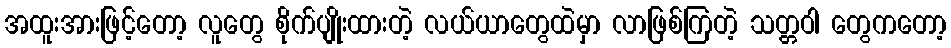
အထူးအားဖြင့်တော့ လူတွေ စိုက်ပျိုးထားတဲ့ လယ်ယာတွေထဲမှာ လာဖြစ်ကြတဲ့ သတ္တဝါ တွေကတော့